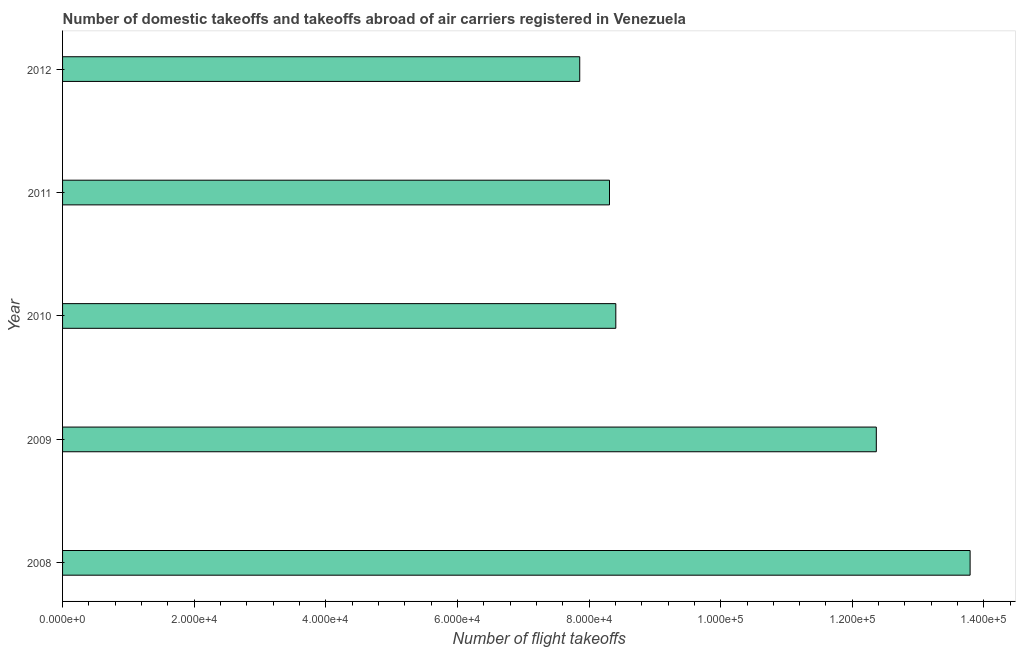
| Year | Air transport |
 | --- | --- |
 | 2008 | 1.38e+05 |
 | 2009 | 1.24e+05 |
 | 2010 | 8.41e+04 |
 | 2011 | 8.31e+04 |
 | 2012 | 7.86e+04 |